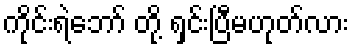
ကိုင်းရဲဘော် တို့ ရှင်းပြီမဟုတ်လား